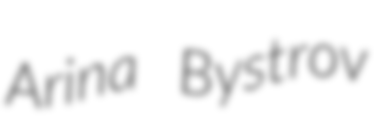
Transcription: Arina Bystrov